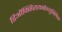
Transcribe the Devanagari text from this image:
डिऑक्सिरायबोन्युक्लिक